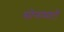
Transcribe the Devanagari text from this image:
सोनामाटी